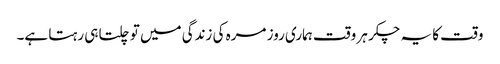
وقت کا یہ چکر ہر وقت ہماری روز مرہ کی زندگی میں تو چلتا ہی رہتا ہے۔